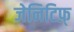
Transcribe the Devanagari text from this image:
जेनिटिफ़्